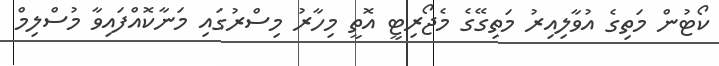
ކޯޓުން މަތިގެ އުވާލިއިރު މަތިގޭގެ މެޖޯރިޓީ އޮތީ މިހާރު މިސްރުގައި މަނާކޮއްފައިވާ މުސްލިމް